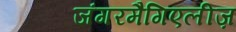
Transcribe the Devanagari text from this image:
जंगरमैगिएलीज़